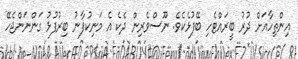
އިންތިހާއަށް ދުރު ބީރައްޓެހި ބޭފުޅެކެވެ. ނޫސްވެރިން ދެކެ އެ މަނިކުފާނު ބިރުފުޅު ގަންނަންޖެހޭ